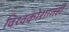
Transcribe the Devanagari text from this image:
विश्वकोशातही